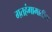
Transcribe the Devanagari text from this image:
गतहंगामातील